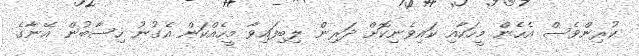
ކުރިންވެސް އެހެން މީހަކާއި ކައިވެނިކޮށް ދަރިން ލިބިފައިވާ މީހެއްކަން އެގުނު ހިސާބުން އޭނާގެ